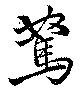
駑